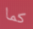
كما